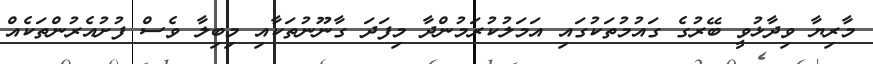
މާރިޔާ ވިދާޅުވީ ބޭރުގެ ގައުމުތަކުގައި އަމަލުކުރަމުންދާ މިފަދަ ގާނޫނުތަކާއި މިބިލާ ވެސް ފުށުއެރުންތަކެއް